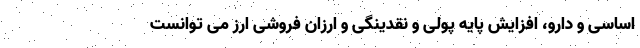
اساسی و دارو، افزایش پایه پولی و نقدینگی و ارزان فروشی ارز می توانست